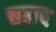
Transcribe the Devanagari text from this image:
चलए